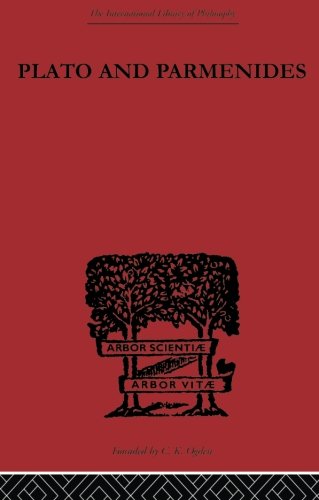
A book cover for Plato and Parmenides (The International Library of Philosophy); Francis MacDonald Cornford; Politics & Social Sciences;